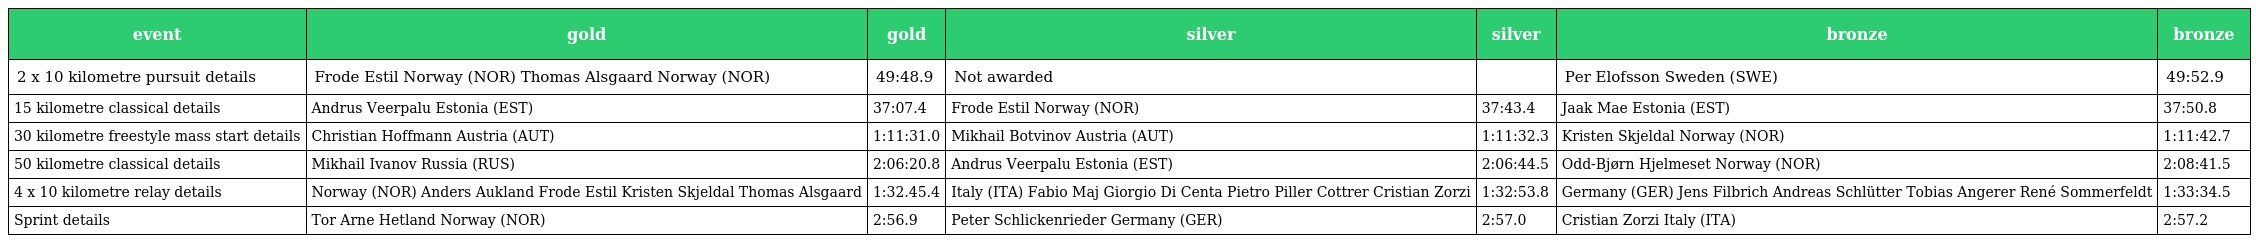
| event | gold | gold | silver | silver | bronze | bronze |
 | --- | --- | --- | --- | --- | --- | --- |
 | 2 x 10 kilometre pursuit details | Frode Estil Norway (NOR) Thomas Alsgaard Norway (NOR) | 49:48.9 | Not awarded |  | Per Elofsson Sweden (SWE) | 49:52.9 |
 | 15 kilometre classical details | Andrus Veerpalu Estonia (EST) | 37:07.4 | Frode Estil Norway (NOR) | 37:43.4 | Jaak Mae Estonia (EST) | 37:50.8 |
 | 30 kilometre freestyle mass start details | Christian Hoffmann Austria (AUT) | 1:11:31.0 | Mikhail Botvinov Austria (AUT) | 1:11:32.3 | Kristen Skjeldal Norway (NOR) | 1:11:42.7 |
 | 50 kilometre classical details | Mikhail Ivanov Russia (RUS) | 2:06:20.8 | Andrus Veerpalu Estonia (EST) | 2:06:44.5 | Odd-Bjørn Hjelmeset Norway (NOR) | 2:08:41.5 |
 | 4 x 10 kilometre relay details | Norway (NOR) Anders Aukland Frode Estil Kristen Skjeldal Thomas Alsgaard | 1:32.45.4 | Italy (ITA) Fabio Maj Giorgio Di Centa Pietro Piller Cottrer Cristian Zorzi | 1:32:53.8 | Germany (GER) Jens Filbrich Andreas Schlütter Tobias Angerer René Sommerfeldt | 1:33:34.5 |
 | Sprint details | Tor Arne Hetland Norway (NOR) | 2:56.9 | Peter Schlickenrieder Germany (GER) | 2:57.0 | Cristian Zorzi Italy (ITA) | 2:57.2 |